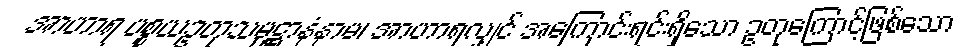
အာဟာရ ပစ္စယဥတုသမုဋ္ဌာနံနာမ၊ အာဟာရလျှင် အကြောင်းရင်းရှိသော ဥတုကြောင့်ဖြစ်သော